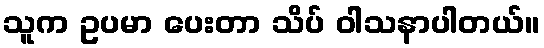
သူက ဥပမာ ပေးတာ သိပ် ဝါသနာပါတယ်။